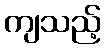
ကျသည့်